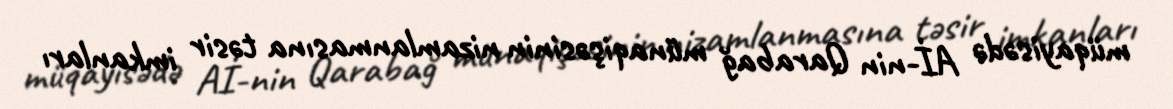
müqayisədə Aİ-nin Qarabağ münaqişəsinin nizamlanmasına təsir imkanları